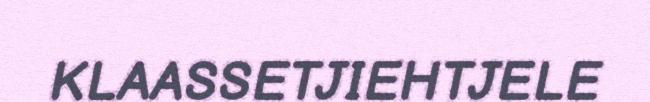
KLAASSETJIEHTJELE